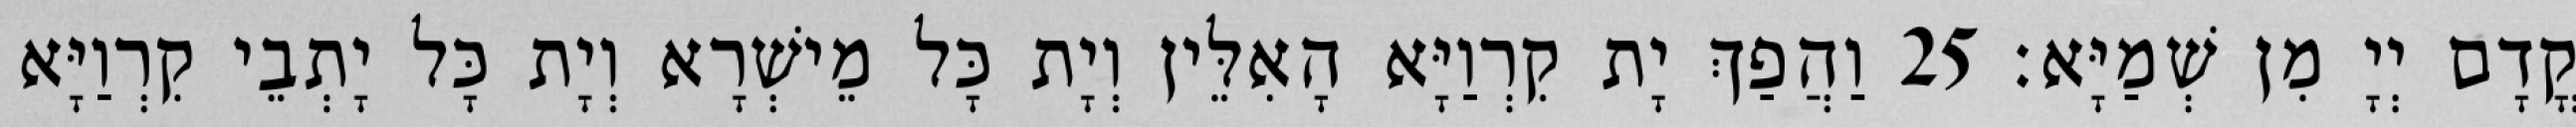
קֳדָם יְיָ מִן שְׁמַיָּא׃ 25 וַהֲפַךְ יָת קִרְוַיָּא הָאִלֵּין וְיָת כָּל מֵישְׁרָא וְיָת כָּל יָתְבֵי קִרְוַיָּא